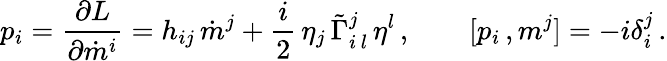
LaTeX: p_{i}=\frac{\partial L}{\partial\dot{m}^{i}}=h_{ij}\, \dot{m}^{j}+\frac{i}{2}\, \eta_{j}\, \tilde{\Gamma}_{i\, l}^{j}\, \eta^{l}\, ,\qquad[p_{i}\, ,m^{j}]=-i\delta_{i}^{j}\, .